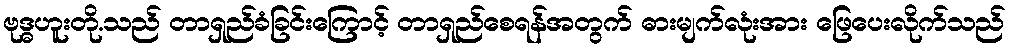
ဗုဒ္ဓဟူးတို.သည် တာရှည်ခံခြင်းကြောင့် တာရှည်စေရန်အတွက် ဓားမျက်လုံးအား ဖြေပေးလိုက်သည်